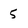
Character: 5